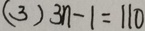
( 3 ) 3 n - 1 = 1 1 0